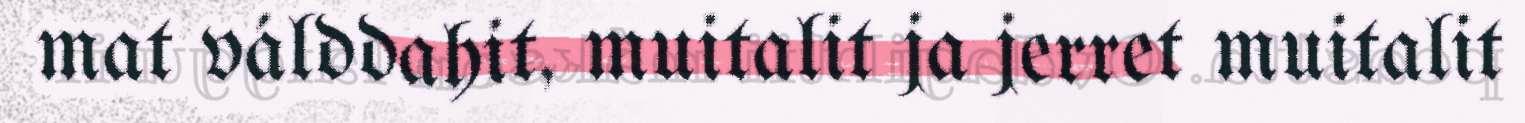
mat válddahit, muitalit ja jerret muitalit